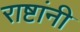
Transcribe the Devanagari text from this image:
राष्टांनी